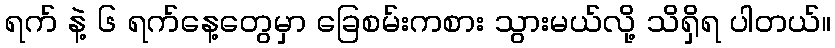
ရက် နဲ့ ၆ ရက်နေ့တွေမှာ ခြေစမ်းကစား သွားမယ်လို့ သိရှိရ ပါတယ်။